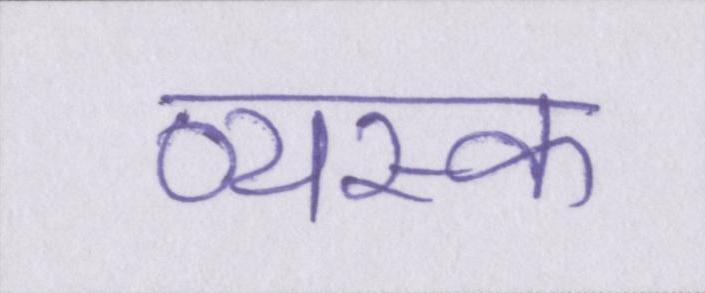
व्यस्क